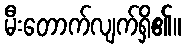
မီးတောက်လျက်ရှိ၏။